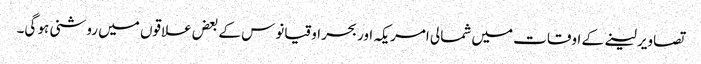
تصاویر لینے کے اوقات میں شمالی امریکہ اور بحر اوقیانوس کے بعض علاقوں میں روشنی ہو گی۔